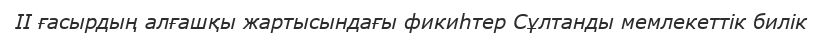
ІІ ғасырдың алғашқы жартысындағы фикиһтер Сұлтанды мемлекеттік билік